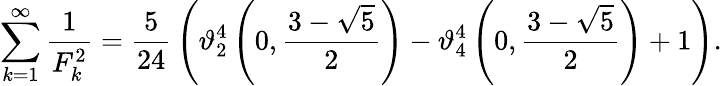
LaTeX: \sum_{k=1}^{\infty}{\frac{1}{F_{k}^{2}}}={\frac{5}{24}}\left(\vartheta_{2}^{4}\left(0,{\frac{3-{\sqrt{5}}}{2}}\right)-\vartheta_{4}^{4}\left(0,{\frac{3-{\sqrt{5}}}{2}}\right)+1\right).